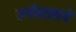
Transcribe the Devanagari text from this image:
वर्णमालायें